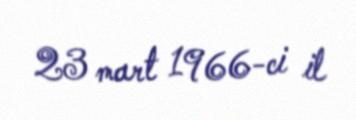
23 mart 1966-ci il